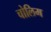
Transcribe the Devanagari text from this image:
चोलिम